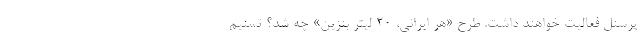
پرسنل فعالیت خواهند داشت. طرح «هر ایرانی، ۲۰ لیتر بنزین» چه شد؟ تسنیم